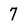
Character: 7